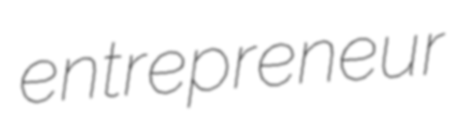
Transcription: entrepreneur